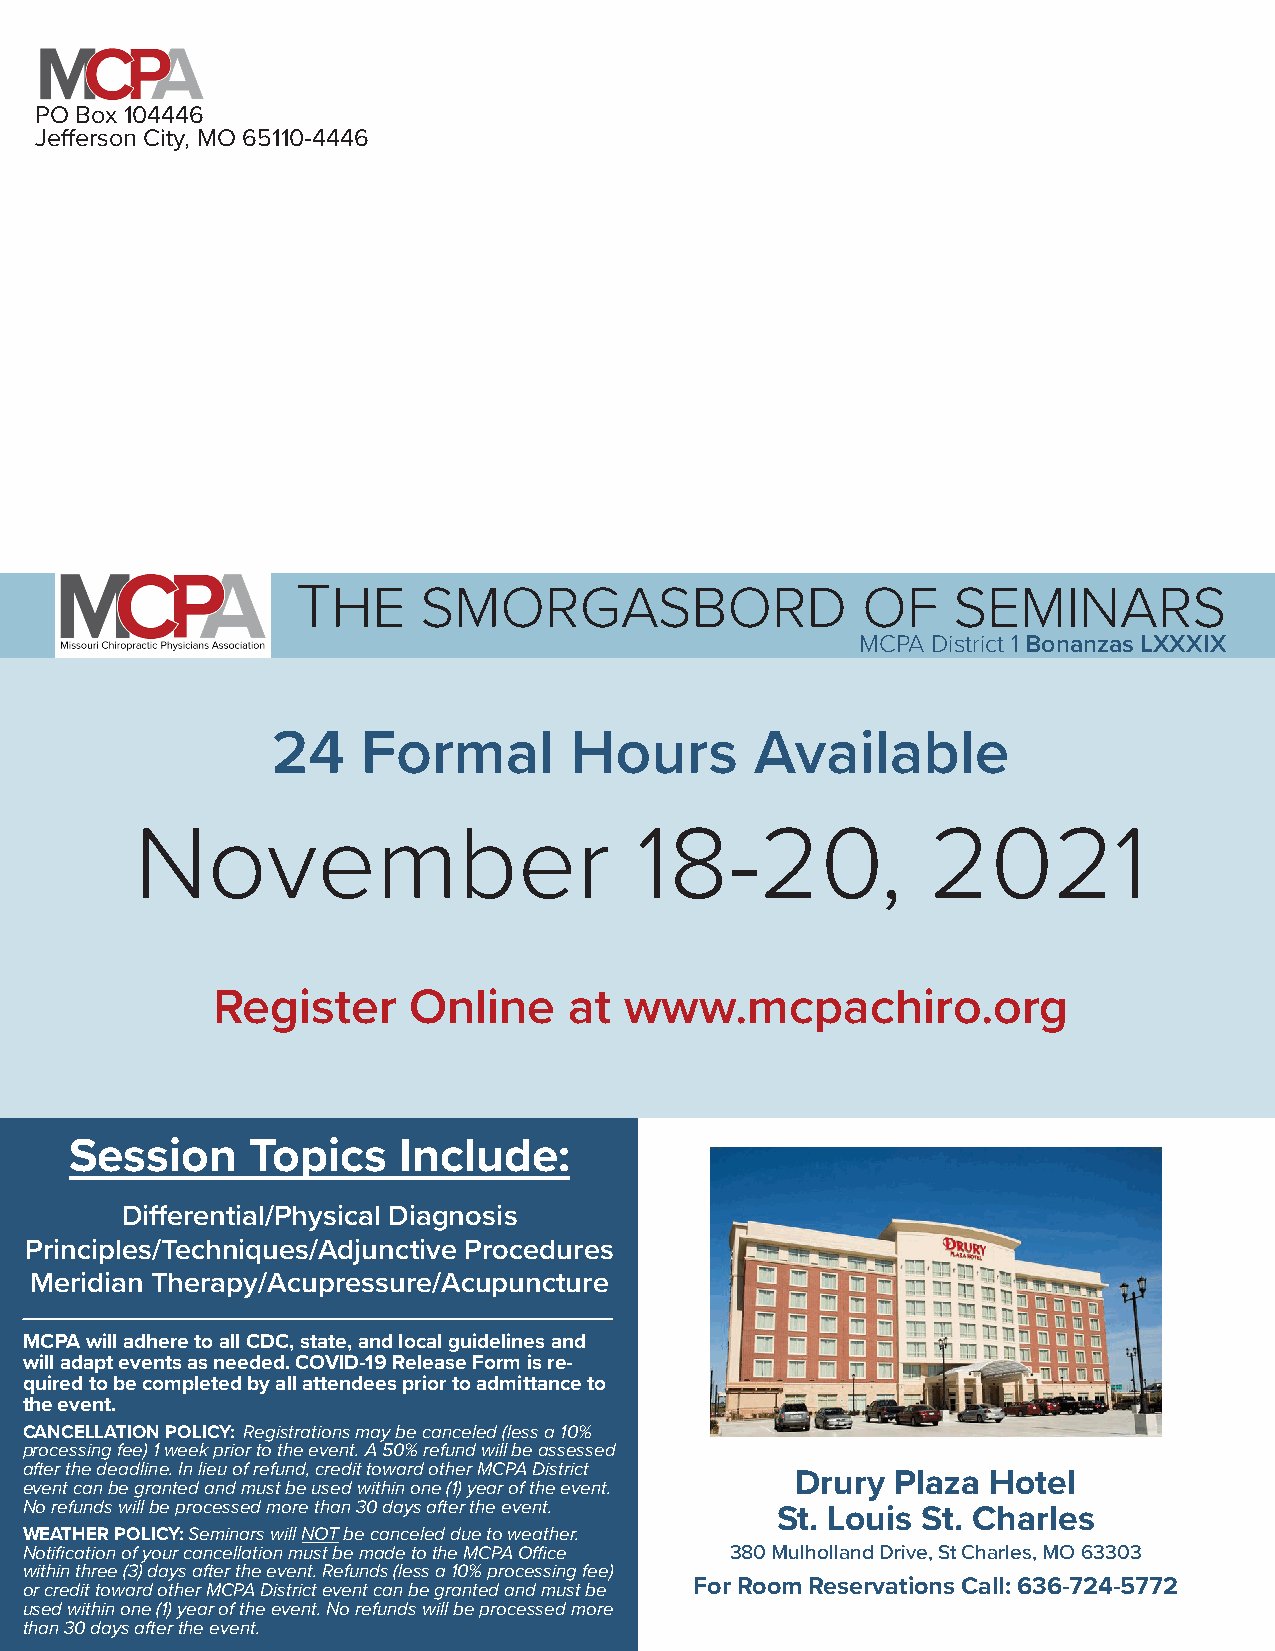
PO Box 104446
 Jefferson City, MO 65110-4446
 THE     SMORGASBORD                  OF    SEMINARS
 MCPA District 1 Bonanzas LXXXIX
 24    Formal        Hours       Available
 November                         18-20,              2021
 Register     Online     at www.mcpachiro.org
 Session     Topics   Include:
 Differential/Physical Diagnosis
 Principles/Techniques/Adjunctive Procedures
 Meridian Therapy/Acupressure/Acupuncture
 MCPA will adhere to all CDC, state, and local guidelines and
 will adapt events as needed. COVID-19 Release Form is re-
 quired to be completed by all attendees prior to admittance to
 the event.
 CANCELLATION POLICY: Registrations may be canceled (less a 10%
 processing fee) 1 week prior to the event. A 50% refund will be assessed
 after the deadline. In lieu of refund, credit toward other MCPA District
 Drury Plaza  Hotel
 event can be granted and must be used within one (1) year of the event.
 No refunds will be processed more than 30 days after the event.
 St. Louis St. Charles
 WEATHER POLICY: Seminars will NOT be canceled due to weather.
 Notification of your cancellation must be made to the MCPA Office 380 Mulholland Drive, St Charles, MO 63303
 within three (3) days after the event. Refunds (less a 10% processing fee)
 or credit toward other MCPA District event can be granted and must be For Room Reservations Call: 636-724-5772
 used within one (1) year of the event. No refunds will be processed more
 than 30 days after the event.